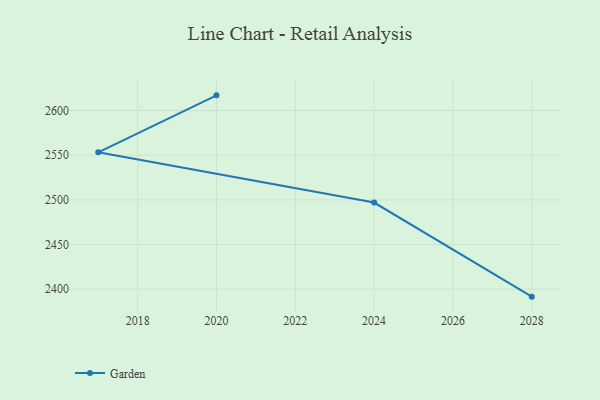
{"axis": {"x": "Year", "y": "Energy Usage (MWh)"}, "legend": ["Garden"], "data": [{"x": "2020", "y": 2617.0, "type": "Garden"}, {"x": "2017", "y": 2553.2, "type": "Garden"}, {"x": "2024", "y": 2497.0, "type": "Garden"}, {"x": "2028", "y": 2391.7, "type": "Garden"}]}